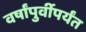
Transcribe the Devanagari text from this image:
वर्षांपुर्वीपर्यंत